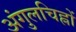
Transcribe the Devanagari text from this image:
अंगुलचिह्नों